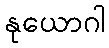
နုယောဂါ